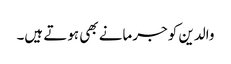
والدین کو جرمانے بھی ہوتے ہیں۔